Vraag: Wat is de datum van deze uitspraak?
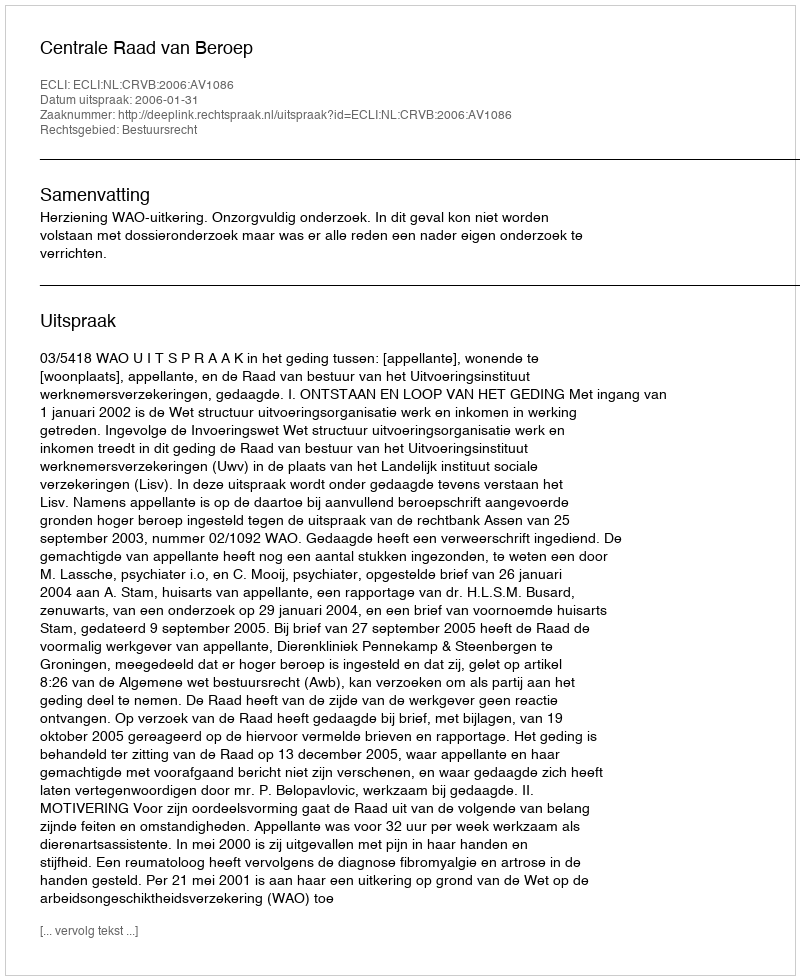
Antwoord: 2006-01-31